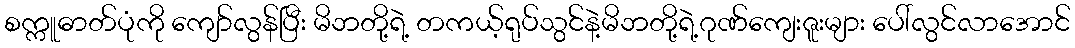
စက္ကူဓာတ်ပုံကို ကျော်လွန်ပြီး မိဘတို့ရဲ့ တကယ့်ရုပ်သွင်နဲ့မိဘတို့ရဲ့ဂုဏ်ကျေးဇူးများ ပေါ်လွင်လာအောင်